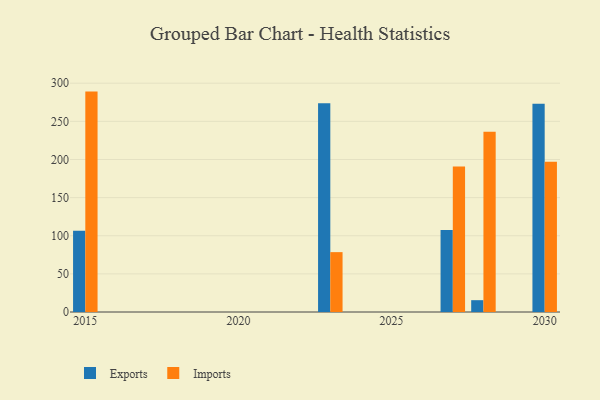
{"axis": {"x": "Year", "y": "LTV (USD)"}, "legend": ["Exports", "Imports"], "data": [{"x": "2028", "y": 15.5, "type": "Exports"}, {"x": "2028", "y": 236.2, "type": "Imports"}, {"x": "2030", "y": 273.1, "type": "Exports"}, {"x": "2030", "y": 197.0, "type": "Imports"}, {"x": "2015", "y": 106.5, "type": "Exports"}, {"x": "2015", "y": 289.0, "type": "Imports"}, {"x": "2023", "y": 273.8, "type": "Exports"}, {"x": "2023", "y": 78.5, "type": "Imports"}, {"x": "2027", "y": 107.6, "type": "Exports"}, {"x": "2027", "y": 190.9, "type": "Imports"}]}